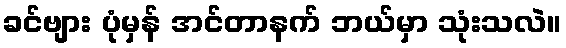
ခင်ဗျား ပုံမှန် အင်တာနက် ဘယ်မှာ သုံးသလဲ။